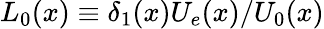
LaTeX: L_{0}(x)\equiv\delta_{1}(x)U_{e}(x)/U_{0}(x)